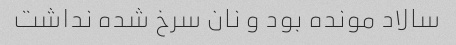
سالاد مونده بود و نان سرخ شده نداشت